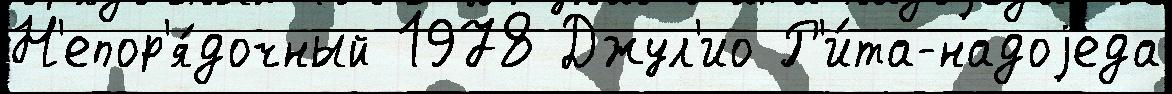
Н'епор'я́дочный 1978 Джул'ио Р'и́та-надоjеда